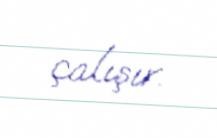
çalışır.